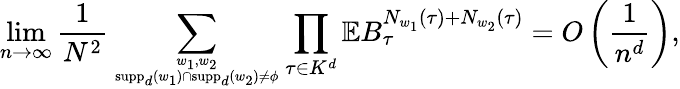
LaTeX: \operatorname*{lim}_{n\rightarrow\infty}\frac{1}{N^{2}}\sum_{w_{1},w_{2}\atop\operatorname{supp}_{d}(w_{1})\cap\operatorname{supp}_{d}(w_{2})\neq\phi}\prod_{\tau\in K^{d}}\mathbb{E}B_{\tau}^{N_{w_{1}}(\tau)+N_{w_{2}}(\tau)}=O\left(\frac{1}{n^{d}}\right),